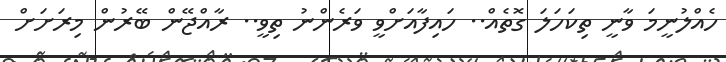
ހެއްލުނީމަ ވާނީ ތިކަހަލަ ގޮތެއް.. ހައިފާއަށްވީ ވަރެންނު ތިވީ.. ރާއްޖޭން ބޭރުން މިރަށަށް